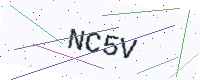
Text: NC5V